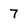
Character: 7